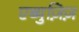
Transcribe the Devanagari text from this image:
एब्युज़िज़